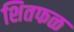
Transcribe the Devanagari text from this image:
शितफळ